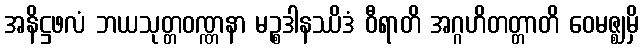
အနိဋ္ဌဖလံ ဘယသုတ္တဝဏ္ဏနာ မဉ္စဒါနဿိဒံ ဝီရာတိ အဂ္ဂဟိတတ္တာတိ ဝေမဇ္ဈမှိ